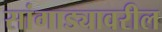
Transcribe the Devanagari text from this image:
सांगाड्यावरील